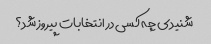
شنیدی چه کسی در انتخابات پیروز شد؟